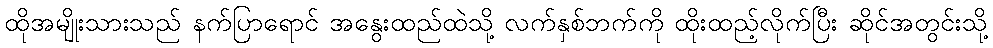
ထိုအမျိုးသားသည် နက်ပြာရောင် အနွေးထည်ထဲသို့ လက်နှစ်ဘက်ကို ထိုးထည့်လိုက်ပြီး ဆိုင်အတွင်းသို့